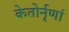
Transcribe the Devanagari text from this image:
केतोर्नृणां